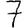
Digit: 7